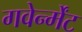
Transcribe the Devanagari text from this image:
गवेर्न्मेंट